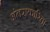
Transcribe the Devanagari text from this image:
अंतराकारिता